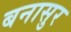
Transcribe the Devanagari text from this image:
बनासुर